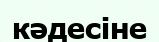
кәдесіне